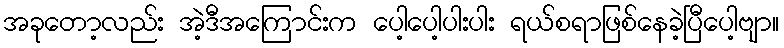
အခုတော့လည်း အဲ့ဒီအကြောင်းက ပေါ့ပေါ့ပါးပါး ရယ်စရာဖြစ်နေခဲ့ပြီပေါ့ဗျာ။